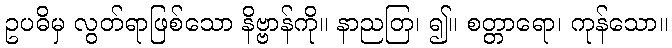
ဥပဓိမှ လွတ်ရာဖြစ်သော နိဗ္ဗာန်ကို။ နာညတြ၊ ၍။ စတ္တာရော၊ ကုန်သော။